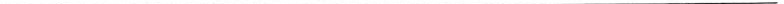
___